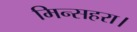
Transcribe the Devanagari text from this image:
मिन्सहरा।